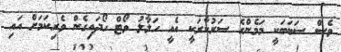
ވެސް ސަބަބަކީ މަމެންގެ ސަރުކާރަކީ އެއީ ހަލާލު ވޯޓް ހޯދައިގެން ވެރިކަމަށް އައި